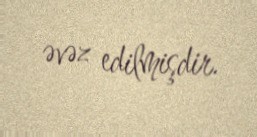
əvəz edilmişdir.